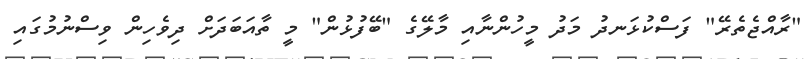
"ރާއްޖެތެރޭ" ފަސްކުޅަނދު މަދު މީހުންނާއި މާލޭގެ "ބޭފުޅުން" މީ ތާއަބަދަށް ދިވެހިން ވިސްނުމުގައި